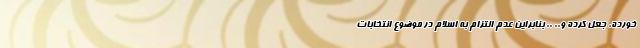
خورده، جعل کرده و.. .. بنابراین عدم التزام به اسلام در موضوع انتخابات